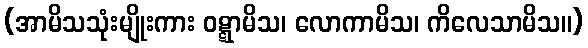
(အာမိသသုံးမျိုးကား ဝဋ္ဋာမိသ၊ လောကာမိသ၊ ကိလေသာမိသ။)